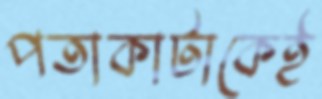
পতাকাটাকেই